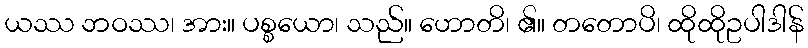
ယဿ ဘဝဿ၊ အား။ ပစ္စယော၊ သည်။ ဟောတိ၊ ၏။ တတောပိ၊ ထိုထိုဥပါဒါန်